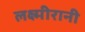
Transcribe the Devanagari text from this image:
लक्ष्मीरानी